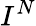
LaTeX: I^{N}